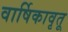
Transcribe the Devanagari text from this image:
वार्षिकावृतू